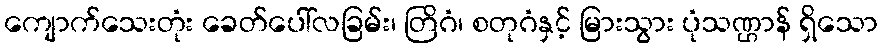
ကျောက်သေးတုံး ခေတ်ပေါ်လခြမ်း၊ တြိဂံ၊ စတုဂံနှင့် မြားသွား ပုံသဏ္ဌာန် ရှိသော